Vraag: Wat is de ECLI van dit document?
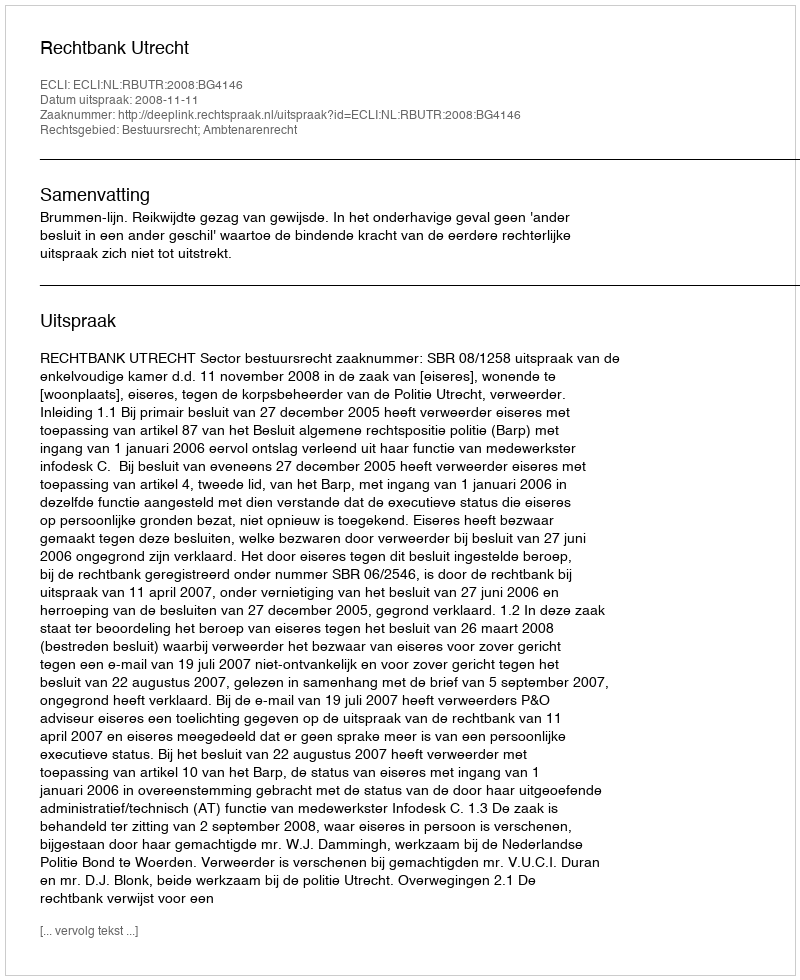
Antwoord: ECLI:NL:RBUTR:2008:BG4146